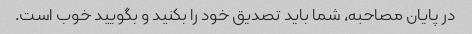
در پایان مصاحبه، شما باید تصدیق خود را بکنید و بگویید خوب است.